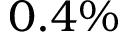
0 . 4 \%